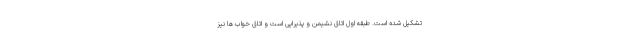
تشکیل شده است. طبقه اول اتاق نشیمن و پذیرایی است و اتاق خواب ها نیز